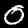
Digit: 0